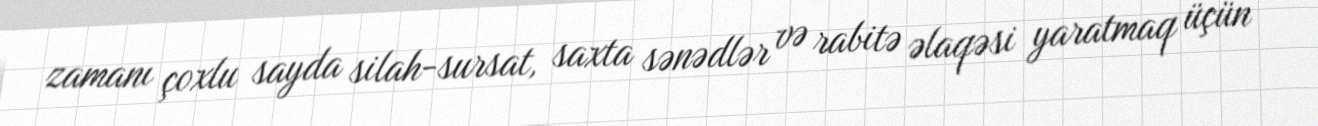
zamanı çoxlu sayda silah-sursat, saxta sənədlər və rabitə əlaqəsi yaratmaq üçün